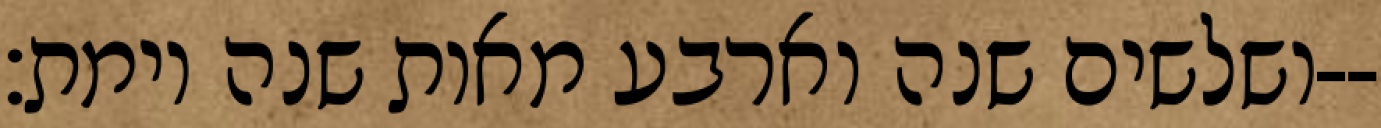
ושלשים שנה וארבע מאות שנה וימת׃--